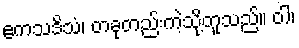
ဧကသဒိသံ၊ တခုတည်းကဲ့သို့တူသည်။ ဝါ၊